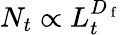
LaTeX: N_{t}\propto L_{t}^{D_{\mathrm{~f~}}}